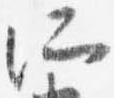
所